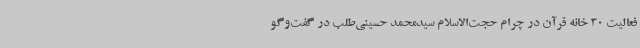
فعالیت 30 خانه قرآن در چرام حجت‌الاسلام سیدمحمد حسینی‌طلب در گفت‌وگو